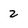
Character: 2